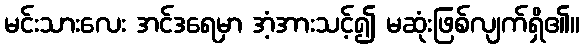
မင်းသားလေး အင်ဒရေမှာ အံ့အားသင့်၍ မဆုံးဖြစ်လျက်ရှိ၏။